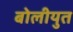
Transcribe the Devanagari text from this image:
बोलीयुत